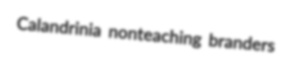
Calandrinia nonteaching branders